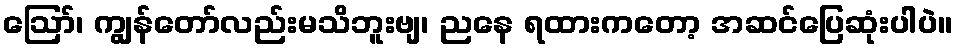
ဪ၊ ကျွန်တော်လည်းမသိဘူးဗျ၊ ညနေ ရထားကတော့ အဆင်ပြေဆုံးပါပဲ။